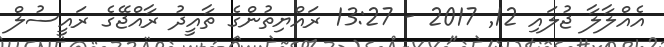
އެެއްލާލާ ޖުލައި 12